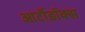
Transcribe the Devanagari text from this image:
आर्टोडॉक्स